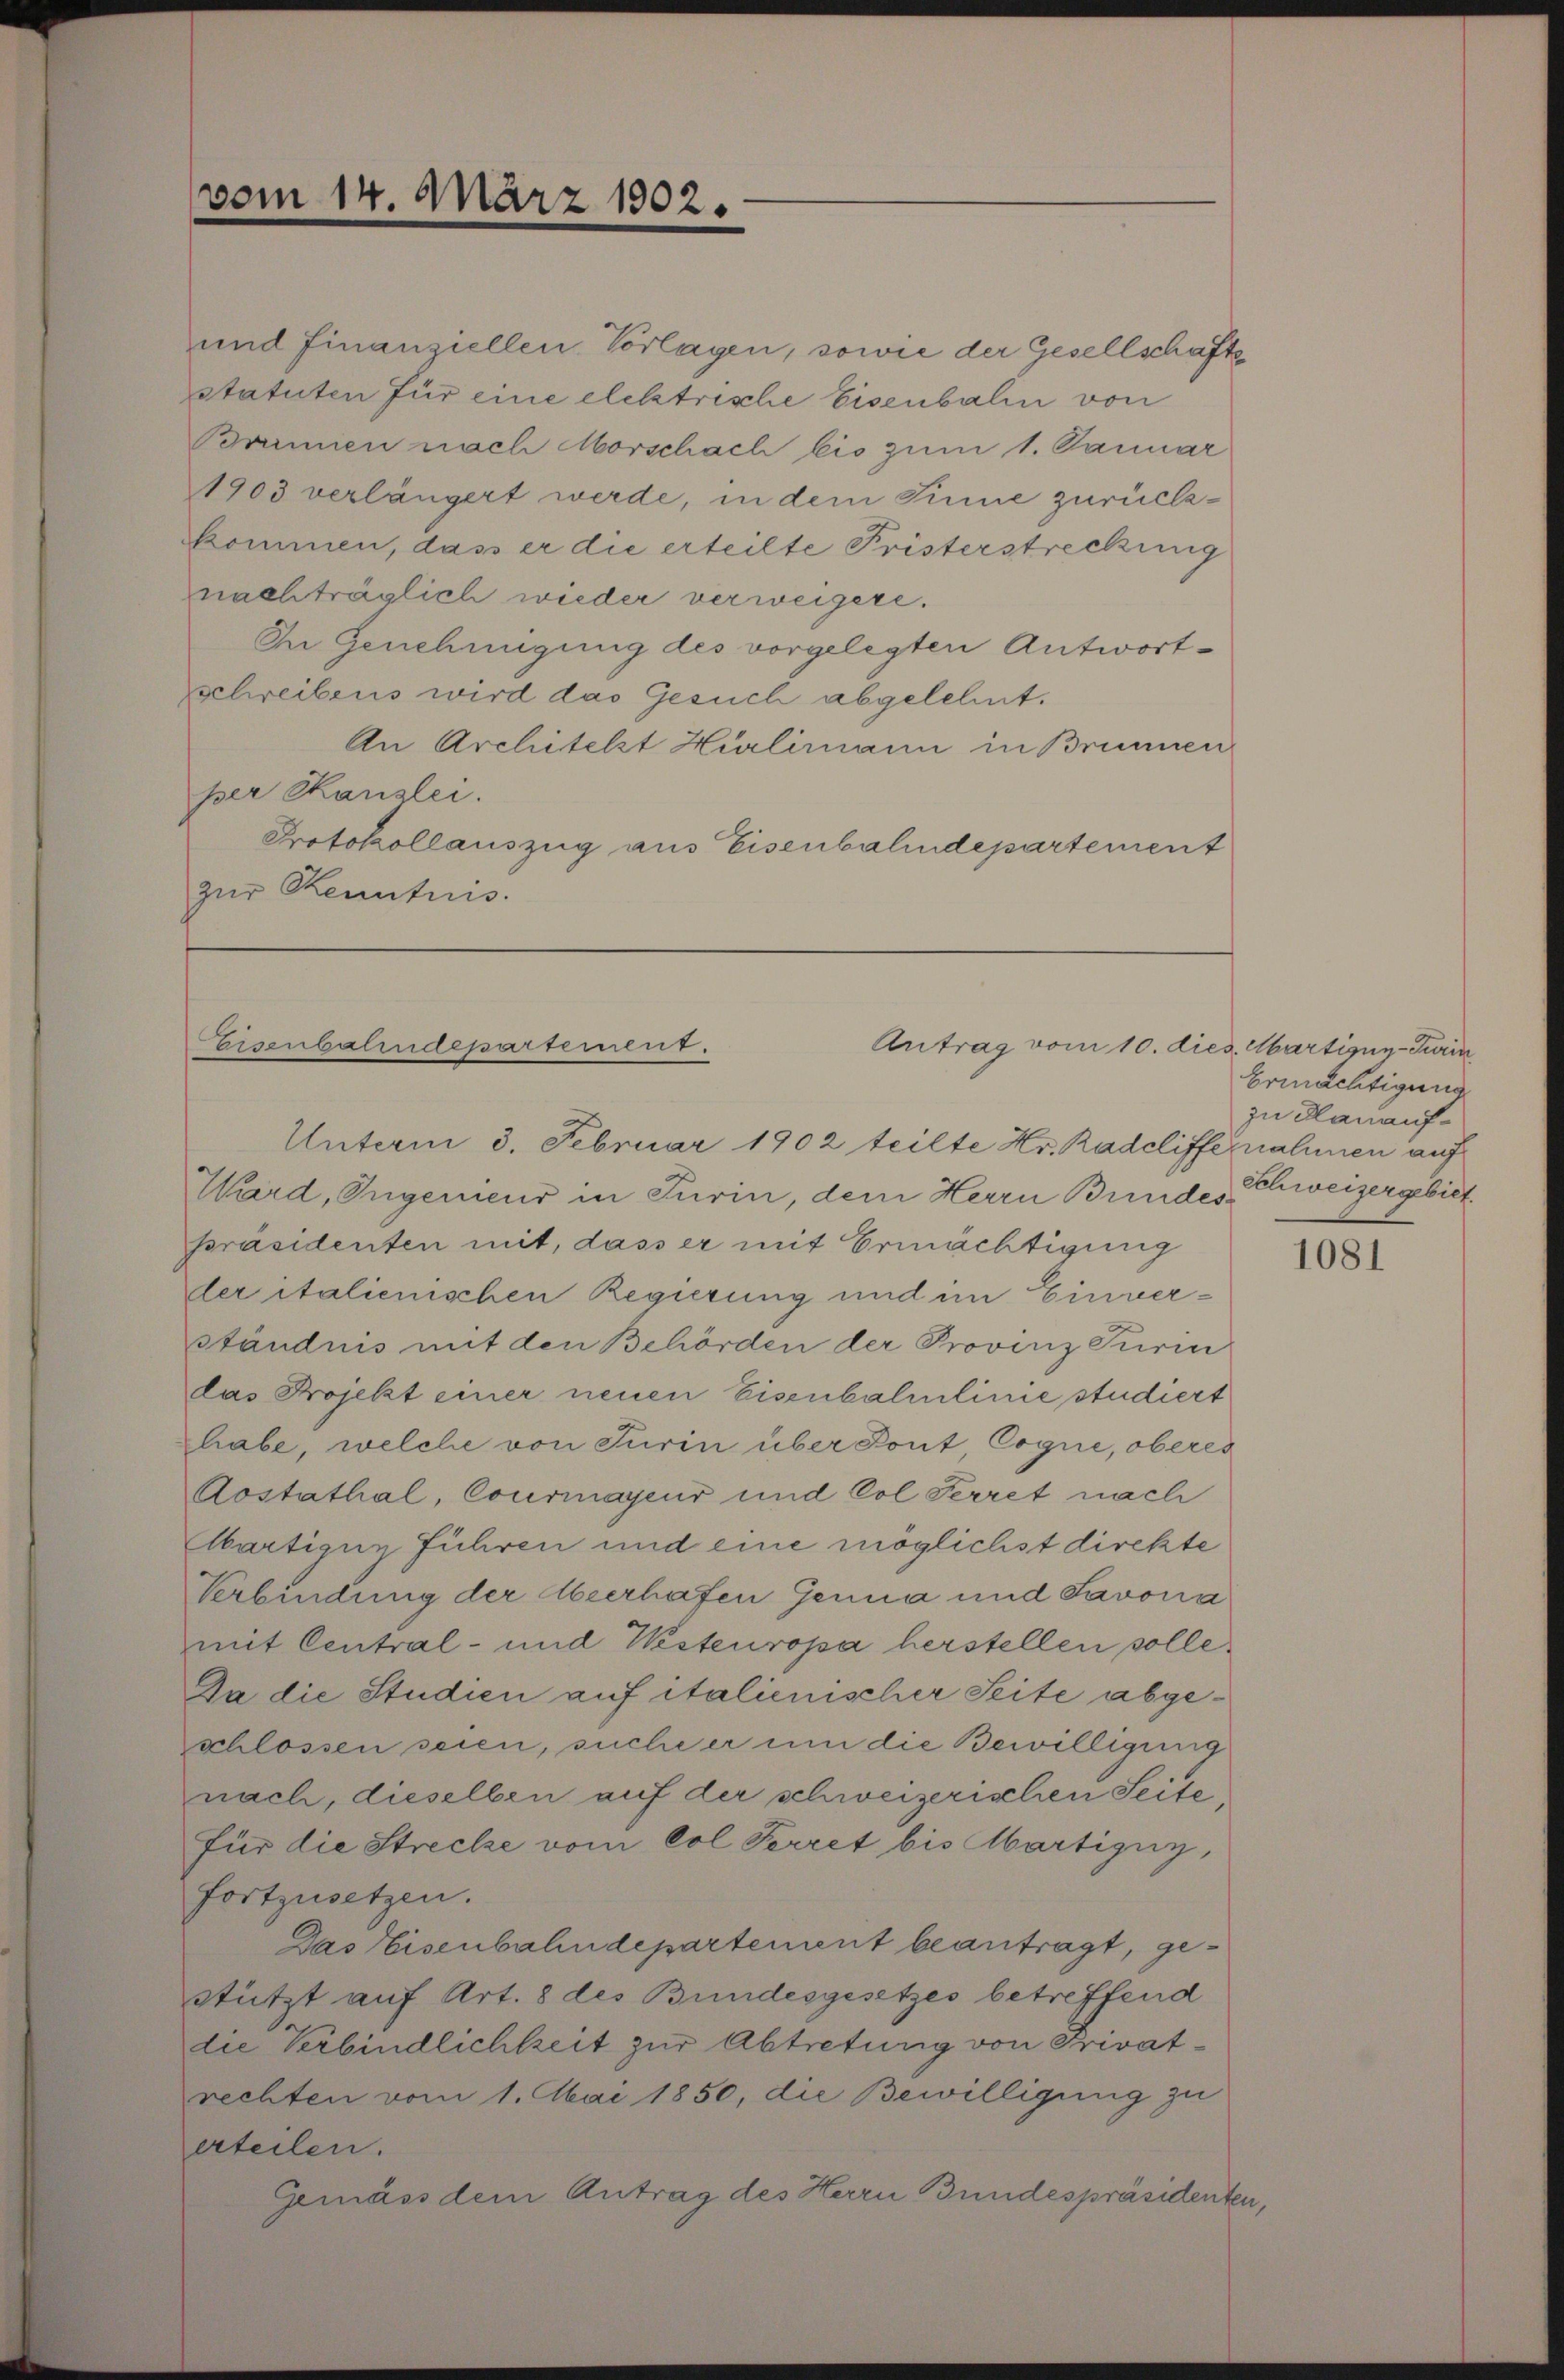
vom 14. März 1902.

und finanziellen Vorlagen, sowie der Gesellschafte
statuten für eine elektrische Eisenbahn von
Brämien nach Morschach bis zum 1. Januar
1903 verlängert werde, in dem Sinne zurückkommen, dass er die erteilte Fristerstreckung
nachträglich wieder verweigere.
In Genehmigung des vorgelegten Antwortschreibens wird das Gesuch abgelehnt.
An Architekt Hürlimann in Brunnen
per Kanzlei.
Protokollauszug aus Eisenbahndepartement
zur Kenntnis.

Antrag vom 10. dies. Martigny-Turin
Eisenbahndepartement.
Unterm 3. Februar 1902 teilte Hr. Radeliffernahmen auf

Ward, Ingenieur in Turin, dem Herrn Bundes Schweizergebiet
präsidenten mit, dass er mit Ermächtigung
der italienischen Regierung und im Einverständnis mit den Behörden der Provinz Turin
das Projekt einer neuen Eisenbalmlinie studiert
habe, welche von Turin über Pont, Cogne, oberes
Aostathal, Courmayeur und Col Perret nach
Abartigny fuhren und eine möglichstdirekte
Verbindung der Abzerhafen Genua und Savona
mit Central- und Westeuropa herstellen solle
Da die Studien auf italienischer Seite abgeschlossen seien, suche er um die Bewilligung
nach, dieselben auf der schweizerischen Seite
für die Strecke vom Col Perret bis Martigny,
fortzusetzen.
Das Eisenbahndepartement beantragt, gestützt auf Art. 8 des Bundesgesetzes betreffend
die Verbindlichkeit zur Abtretung von Privatrechten vom 1. Mai 1850, die Bewilligung zu
erteilen.
Gemäss dem Antrag des Herrn Bundespräsidenten,

Ermächtigung
zn Plan auf¬

1081